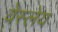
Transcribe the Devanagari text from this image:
वेस्लेय